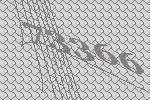
73366